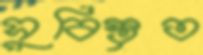
সুবিস্তৃত